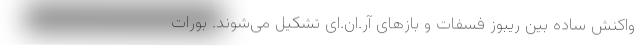
واکنش ساده بین ریبوز فسفات و بازهای آر.ان.ای تشکیل می‌شوند. بورات